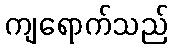
ကျရောက်သည်